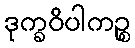
ဒုက္ခဝိပါကဉ္စ